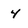
Character: 4